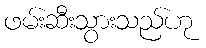
ဖမ်းဆီးသွားသည်ဟု